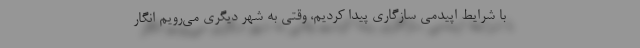
با شرایط اپیدمی سازگاری پیدا کردیم، وقتی به شهر دیگری می‌رویم انگار